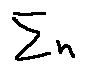
\sum n